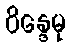
ဝိန္ဒေမု